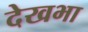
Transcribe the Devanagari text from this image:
देखभा